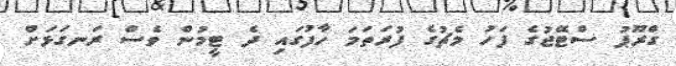
ގްރޫޕު ސްޓޭޖުގެ ފަހު މެޗުގެ ފުރަތަމަ ހާފުގައި ދެ ޓީމުން ވެސް ރަނގަޅަށް